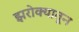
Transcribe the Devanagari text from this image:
झरोक्यातून